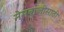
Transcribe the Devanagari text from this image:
नेमबाजीसाठी